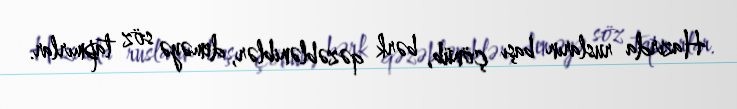
Hazırda rusların başı çönüb, bərk qəzəbləniblər, deməyə söz tapmırlar.